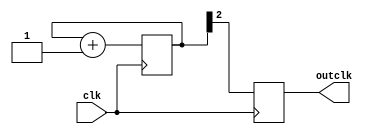
`timescale 1ns / 1ps
//////////////////////////////////////////////////////////////////////////////////
// Company: 
// Engineer: 
// 
// Design Name: 
// Module Name: clkdiv8
// Project Name: 
// Target Devices: 
// Tool Versions: 
// Description: 
// 
// Dependencies: 
// 
// Revision:
// Revision 0.01 - File Created
// Additional Comments:
// 
//////////////////////////////////////////////////////////////////////////////////


module clkdiv8(input clk,output reg outclk);
    reg [2:0] c= 3'b000;
    always @(posedge clk)
    begin
        c <= c + 1;
        outclk <= c[2];
     end
endmodule